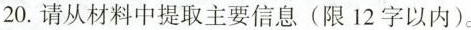
20.请从材料中提取主要信息（限12字以内）。